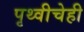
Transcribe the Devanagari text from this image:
पृथ्वीचेही